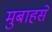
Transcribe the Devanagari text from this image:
मुबाहसे